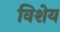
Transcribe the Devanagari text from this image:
विशेय